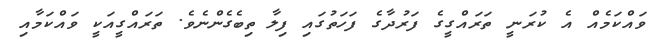
ވައްކަމެއް އެ ކުރަނީ ތަރައްގީގެ ފަރުދާގެ ފަހަތުގައި ފިލާ ތިބެގެންނެެވެ. ތަރައްގީއަކީ ވައްކަމާއި